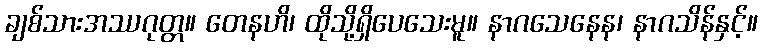
ချစ်သားအဿဂုတ္တ။ တေနဟိ၊ ထိုသို့ရှိပေသေးမူ။ နာဂသေနေန၊ နာဂသိန်နှင့်။